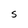
Character: S